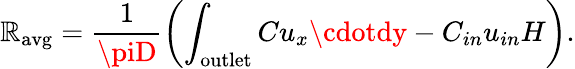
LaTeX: \mathbb{R}_{\mathrm{{avg}}}=\frac{{1}}{{\piD}}\left(\int_{\mathrm{{outlet}}}Cu_{x}\cdotdy-C_{in}u_{in}H\right).